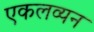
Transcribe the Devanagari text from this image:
एकलव्यन